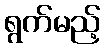
ရွက်မည့်